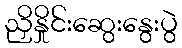
ညှိနှိုင်းဆွေးနွေးပွဲ